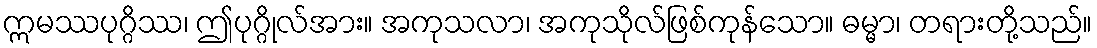
ဣမဿပုဂ္ဂိဿ၊ ဤပုဂ္ဂိုလ်အား။ အကုသလာ၊ အကုသိုလ်ဖြစ်ကုန်သော။ ဓမ္မာ၊ တရားတို့သည်။